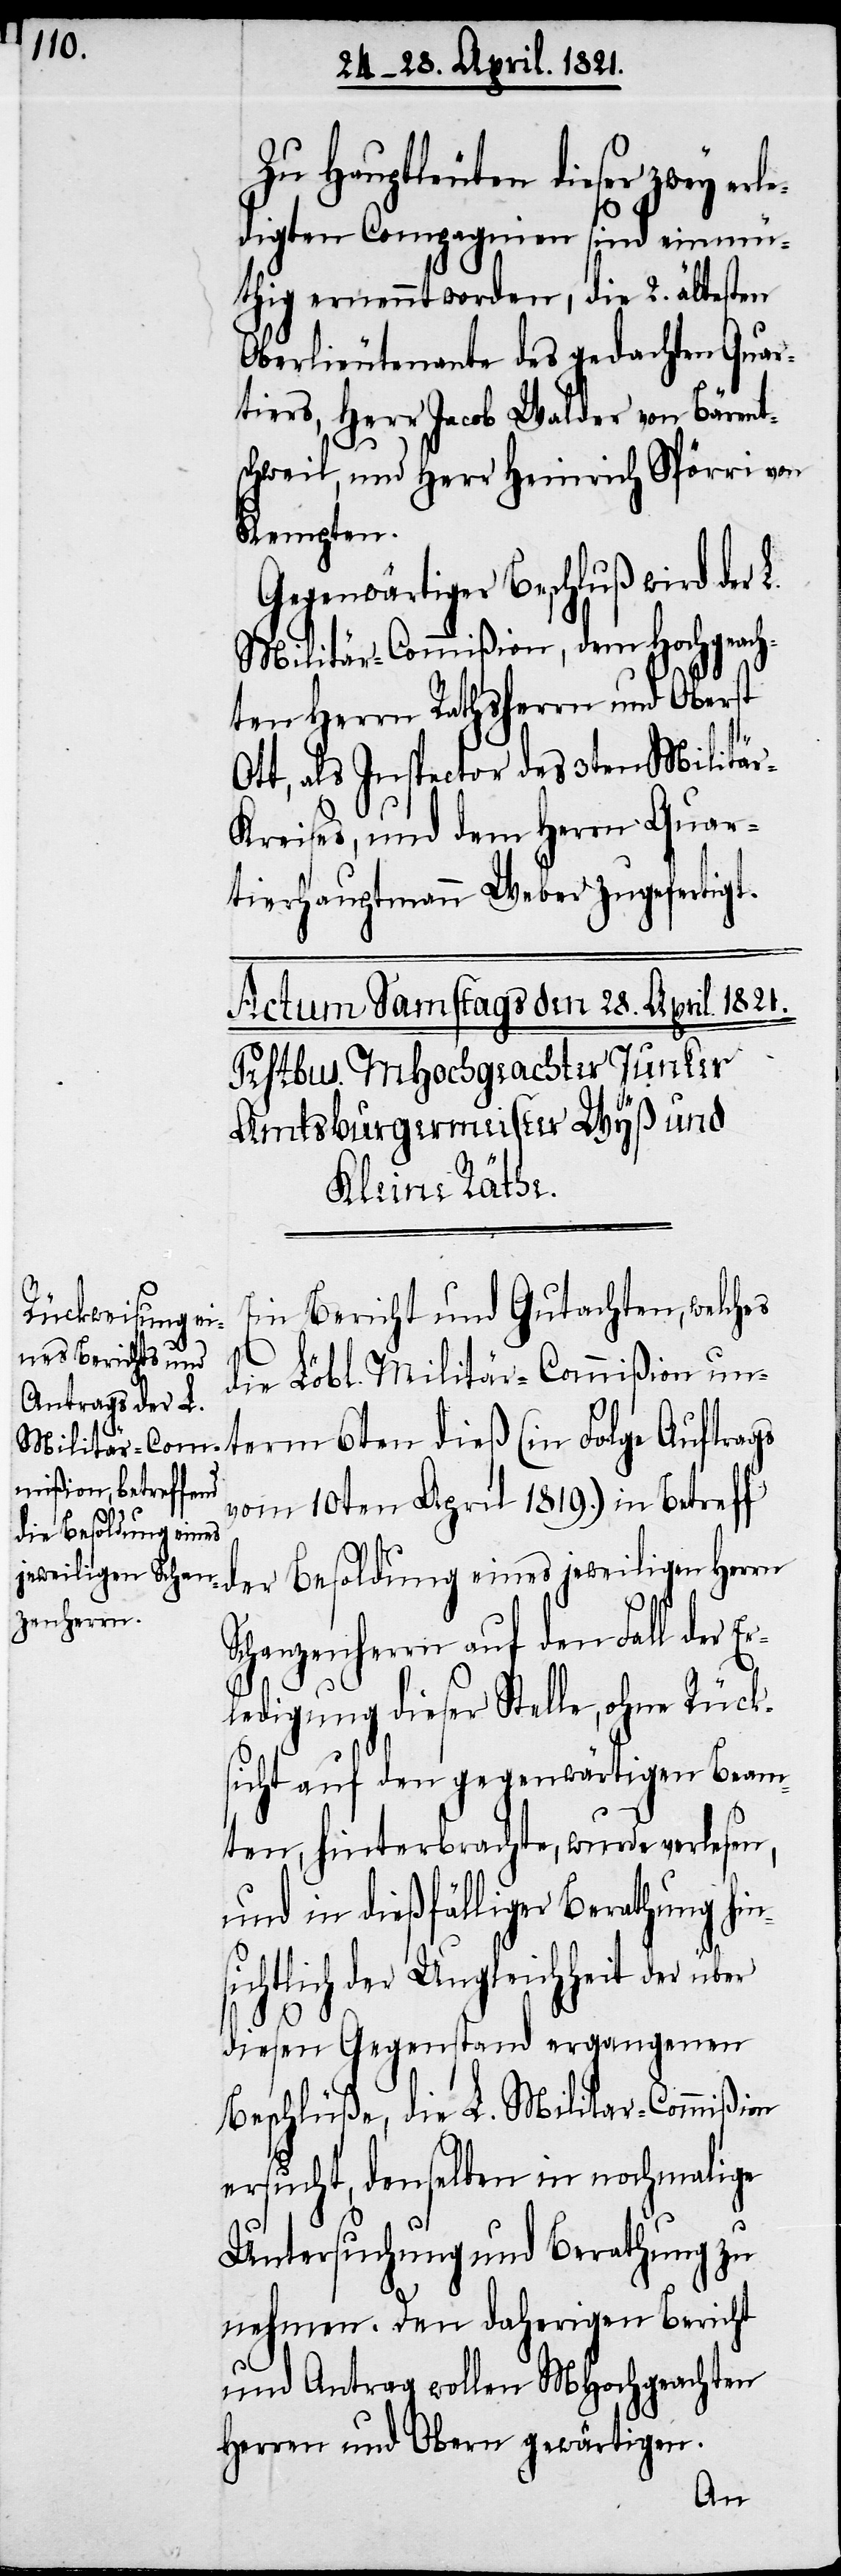
Zu Hauptleuten dieser zwe¬
edigten Compagnien sind einmü¬
thig ernennt worden, die 2. ältesten
Oberlieutenante des gedachten Quar¬
tiers, Herr Jacob Walder von Bärent¬
schweil, und Herr Heinrich Spörri von
term 6ten
Gegenwärtiger Beschluß wird der
Militär-Commißion, dem Hochgeach¬
ten Herrn Rathsherrn und Oberst
Ott, als Inspector des 3ten Militär-K¬
reises, und dem Herrn Quar¬
tierhauptmann Weber zugefertigt.
Ein Bericht und Gutachten, welches
die Löbl. Militär-Commißion un¬
vom 10ten April 1819.) in Betreff
der Besoldung eines jeweiligen Herrn
s¬
Schanzenherrn auf den Fall der Er¬
ledigung dieser Stelle, ohne Rücks¬
icht auf den gegenwärtigen Beam¬
ten, hinterbrachte, wurde verlese¬
und in dießfälliger Berathung hin¬
ichtlich der Ungleichheit der über
diesen Gegenstand ergangenen
Beschlüße, die L. Militär-Commißion
ersucht, denselben in nochmalige
Untersuchung und Berathung zu
nehmen. Den daherigen Bericht
und Antrag wollen MHochgeachten
Herrn und Obern gewärtigen.
n,